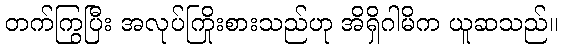
တက်ကြွပြီး အလုပ်ကြိုးစားသည်ဟု အိရှိဂါမိက ယူဆသည်။